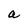
Character: a